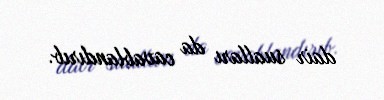
dair sualları da cavablandırıb.